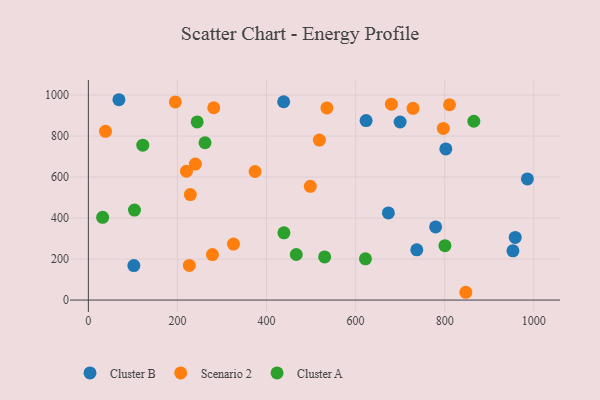
{"axis": {"x": "Experience", "y": "Demand"}, "legend": ["Cluster A", "Cluster B", "Scenario 2"], "data": [{"x": "673.6", "y": 425.3, "type": "Cluster B"}, {"x": "958.4", "y": 305.8, "type": "Cluster B"}, {"x": "102.1", "y": 168.3, "type": "Cluster B"}, {"x": "68.6", "y": 977.3, "type": "Cluster B"}, {"x": "623.6", "y": 875.6, "type": "Cluster B"}, {"x": "438.5", "y": 967.3, "type": "Cluster B"}, {"x": "802.6", "y": 737.2, "type": "Cluster B"}, {"x": "779.7", "y": 356.9, "type": "Cluster B"}, {"x": "985.7", "y": 591.0, "type": "Cluster B"}, {"x": "737.4", "y": 245.3, "type": "Cluster B"}, {"x": "953.3", "y": 240.2, "type": "Cluster B"}, {"x": "700.0", "y": 868.6, "type": "Cluster B"}, {"x": "374.3", "y": 627.2, "type": "Scenario 2"}, {"x": "847.5", "y": 38.0, "type": "Scenario 2"}, {"x": "226.7", "y": 169.0, "type": "Scenario 2"}, {"x": "240.3", "y": 663.6, "type": "Scenario 2"}, {"x": "535.6", "y": 937.2, "type": "Scenario 2"}, {"x": "810.9", "y": 952.7, "type": "Scenario 2"}, {"x": "228.9", "y": 514.7, "type": "Scenario 2"}, {"x": "281.5", "y": 938.1, "type": "Scenario 2"}, {"x": "680.4", "y": 955.7, "type": "Scenario 2"}, {"x": "220.3", "y": 628.6, "type": "Scenario 2"}, {"x": "498.3", "y": 554.8, "type": "Scenario 2"}, {"x": "195.3", "y": 966.5, "type": "Scenario 2"}, {"x": "278.6", "y": 222.0, "type": "Scenario 2"}, {"x": "325.8", "y": 273.2, "type": "Scenario 2"}, {"x": "797.0", "y": 837.4, "type": "Scenario 2"}, {"x": "728.9", "y": 935.3, "type": "Scenario 2"}, {"x": "518.7", "y": 780.5, "type": "Scenario 2"}, {"x": "38.4", "y": 823.3, "type": "Scenario 2"}, {"x": "32.0", "y": 403.6, "type": "Cluster A"}, {"x": "122.2", "y": 755.8, "type": "Cluster A"}, {"x": "530.5", "y": 210.5, "type": "Cluster A"}, {"x": "466.8", "y": 222.2, "type": "Cluster A"}, {"x": "244.3", "y": 868.9, "type": "Cluster A"}, {"x": "261.9", "y": 767.4, "type": "Cluster A"}, {"x": "622.1", "y": 201.3, "type": "Cluster A"}, {"x": "800.6", "y": 265.1, "type": "Cluster A"}, {"x": "865.5", "y": 872.3, "type": "Cluster A"}, {"x": "439.1", "y": 328.1, "type": "Cluster A"}, {"x": "103.5", "y": 438.8, "type": "Cluster A"}]}